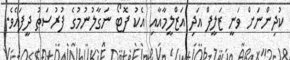
ކުދިންނަށް ވަނީ ޒަލީފް އަދި އަޒްލީމާއާއި އެކު ފޮޓޯ ނަގާލުނުމުގެ ފުރުސަތު ދީފައެވެ.